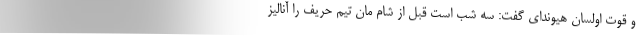
و قوت اولسان هیوندای گفت: سه شب است قبل از شام مان تیم حریف را آنالیز